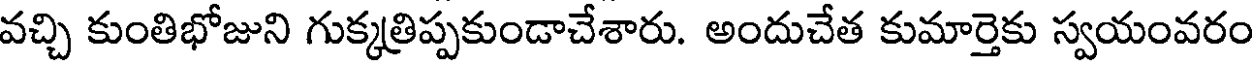
వచ్చి కుంతిభోజుని గుక్కత్రిప్పకుండాచేశారు. అందుచేత కుమార్తెకు స్వయంవరం